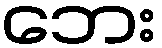
ဘေး